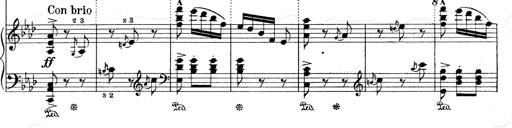
Title: Mephisto Waltz No.1
Composer: Franz Liszt